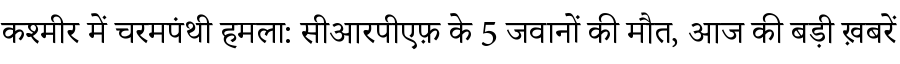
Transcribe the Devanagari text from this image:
कश्मीर में चरमपंथी हमला: सीआरपीएफ़ के 5 जवानों की मौत, आज की बड़ी ख़बरें